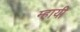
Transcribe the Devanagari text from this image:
म्हायी